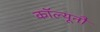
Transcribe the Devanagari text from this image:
कॉल्यूनौ